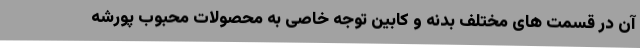
آن در قسمت های مختلف بدنه و کابین توجه خاصی به محصولات محبوب پورشه